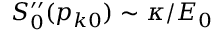
S _ { 0 } ^ { \prime \prime } ( p _ { k 0 } ) \sim \kappa / E _ { 0 }